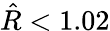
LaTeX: \hat{R}<1.02